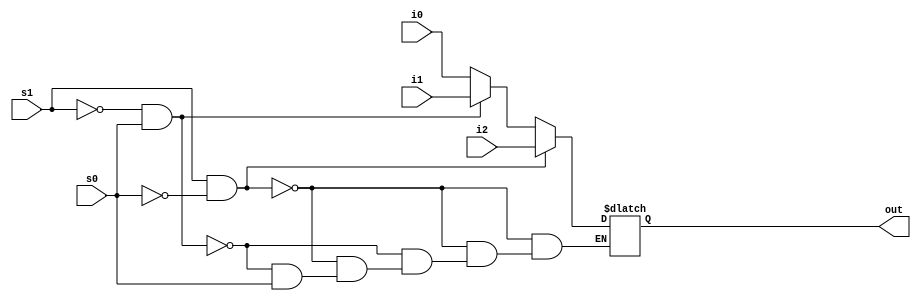
module mult3_to_1_5(out, i0,i1,i2,s0,s1);
output reg [4:0] out;
input [4:0]i0,i1,i2;
input s0,s1;
always @* begin
    if(s1 == 1 && s0 == 0) 
        out = i2;
    else if(s1 == 0 && s0 == 1) 
        out = i1;
    else if(s0 == 0) 
        out = i0;
end

endmodule